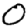
Digit: 0